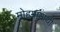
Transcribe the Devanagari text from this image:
मोहमायाथी